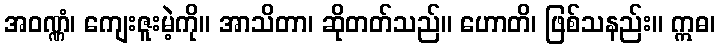
အဝဏ္ဏံ၊ ကျေးဇူးမဲ့ကို။ အာသိတာ၊ ဆိုတတ်သည်။ ဟောတိ၊ ဖြစ်သနည်း။ ဣဓ၊